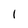
Character: 1